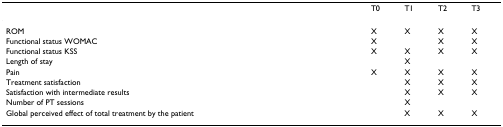
<table><thead><tr><td></td><td><b>T0</b></td><td><b>T1</b></td><td><b>T2</b></td><td><b>T3</b></td></tr></thead><tbody><tr><td>ROM</td><td>X</td><td>X</td><td>X</td><td>X</td></tr><tr><td>Functional status WOMAC</td><td>X</td><td></td><td>X</td><td>X</td></tr><tr><td>Functional status KSS</td><td>X</td><td>X</td><td>X</td><td>X</td></tr><tr><td>Length of stay</td><td></td><td>X</td><td></td><td></td></tr><tr><td>Pain</td><td>X</td><td>X</td><td>X</td><td>X</td></tr><tr><td>Treatment satisfaction</td><td></td><td>X</td><td>X</td><td>X</td></tr><tr><td>Satisfaction with intermediate results</td><td></td><td>X</td><td>X</td><td>X</td></tr><tr><td>Number of PT sessions</td><td></td><td>X</td><td></td><td></td></tr><tr><td>Global perceived effect of total treatment by the patient</td><td></td><td>X</td><td>X</td><td>X</td></tr></tbody></table>